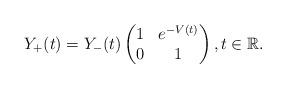
LaTeX: \begin{align*}Y_+(t)=Y_-(t)\begin{pmatrix}1&e^{-V(t)}\\0&1\end{pmatrix},t\in\mathbb R.\end{align*}